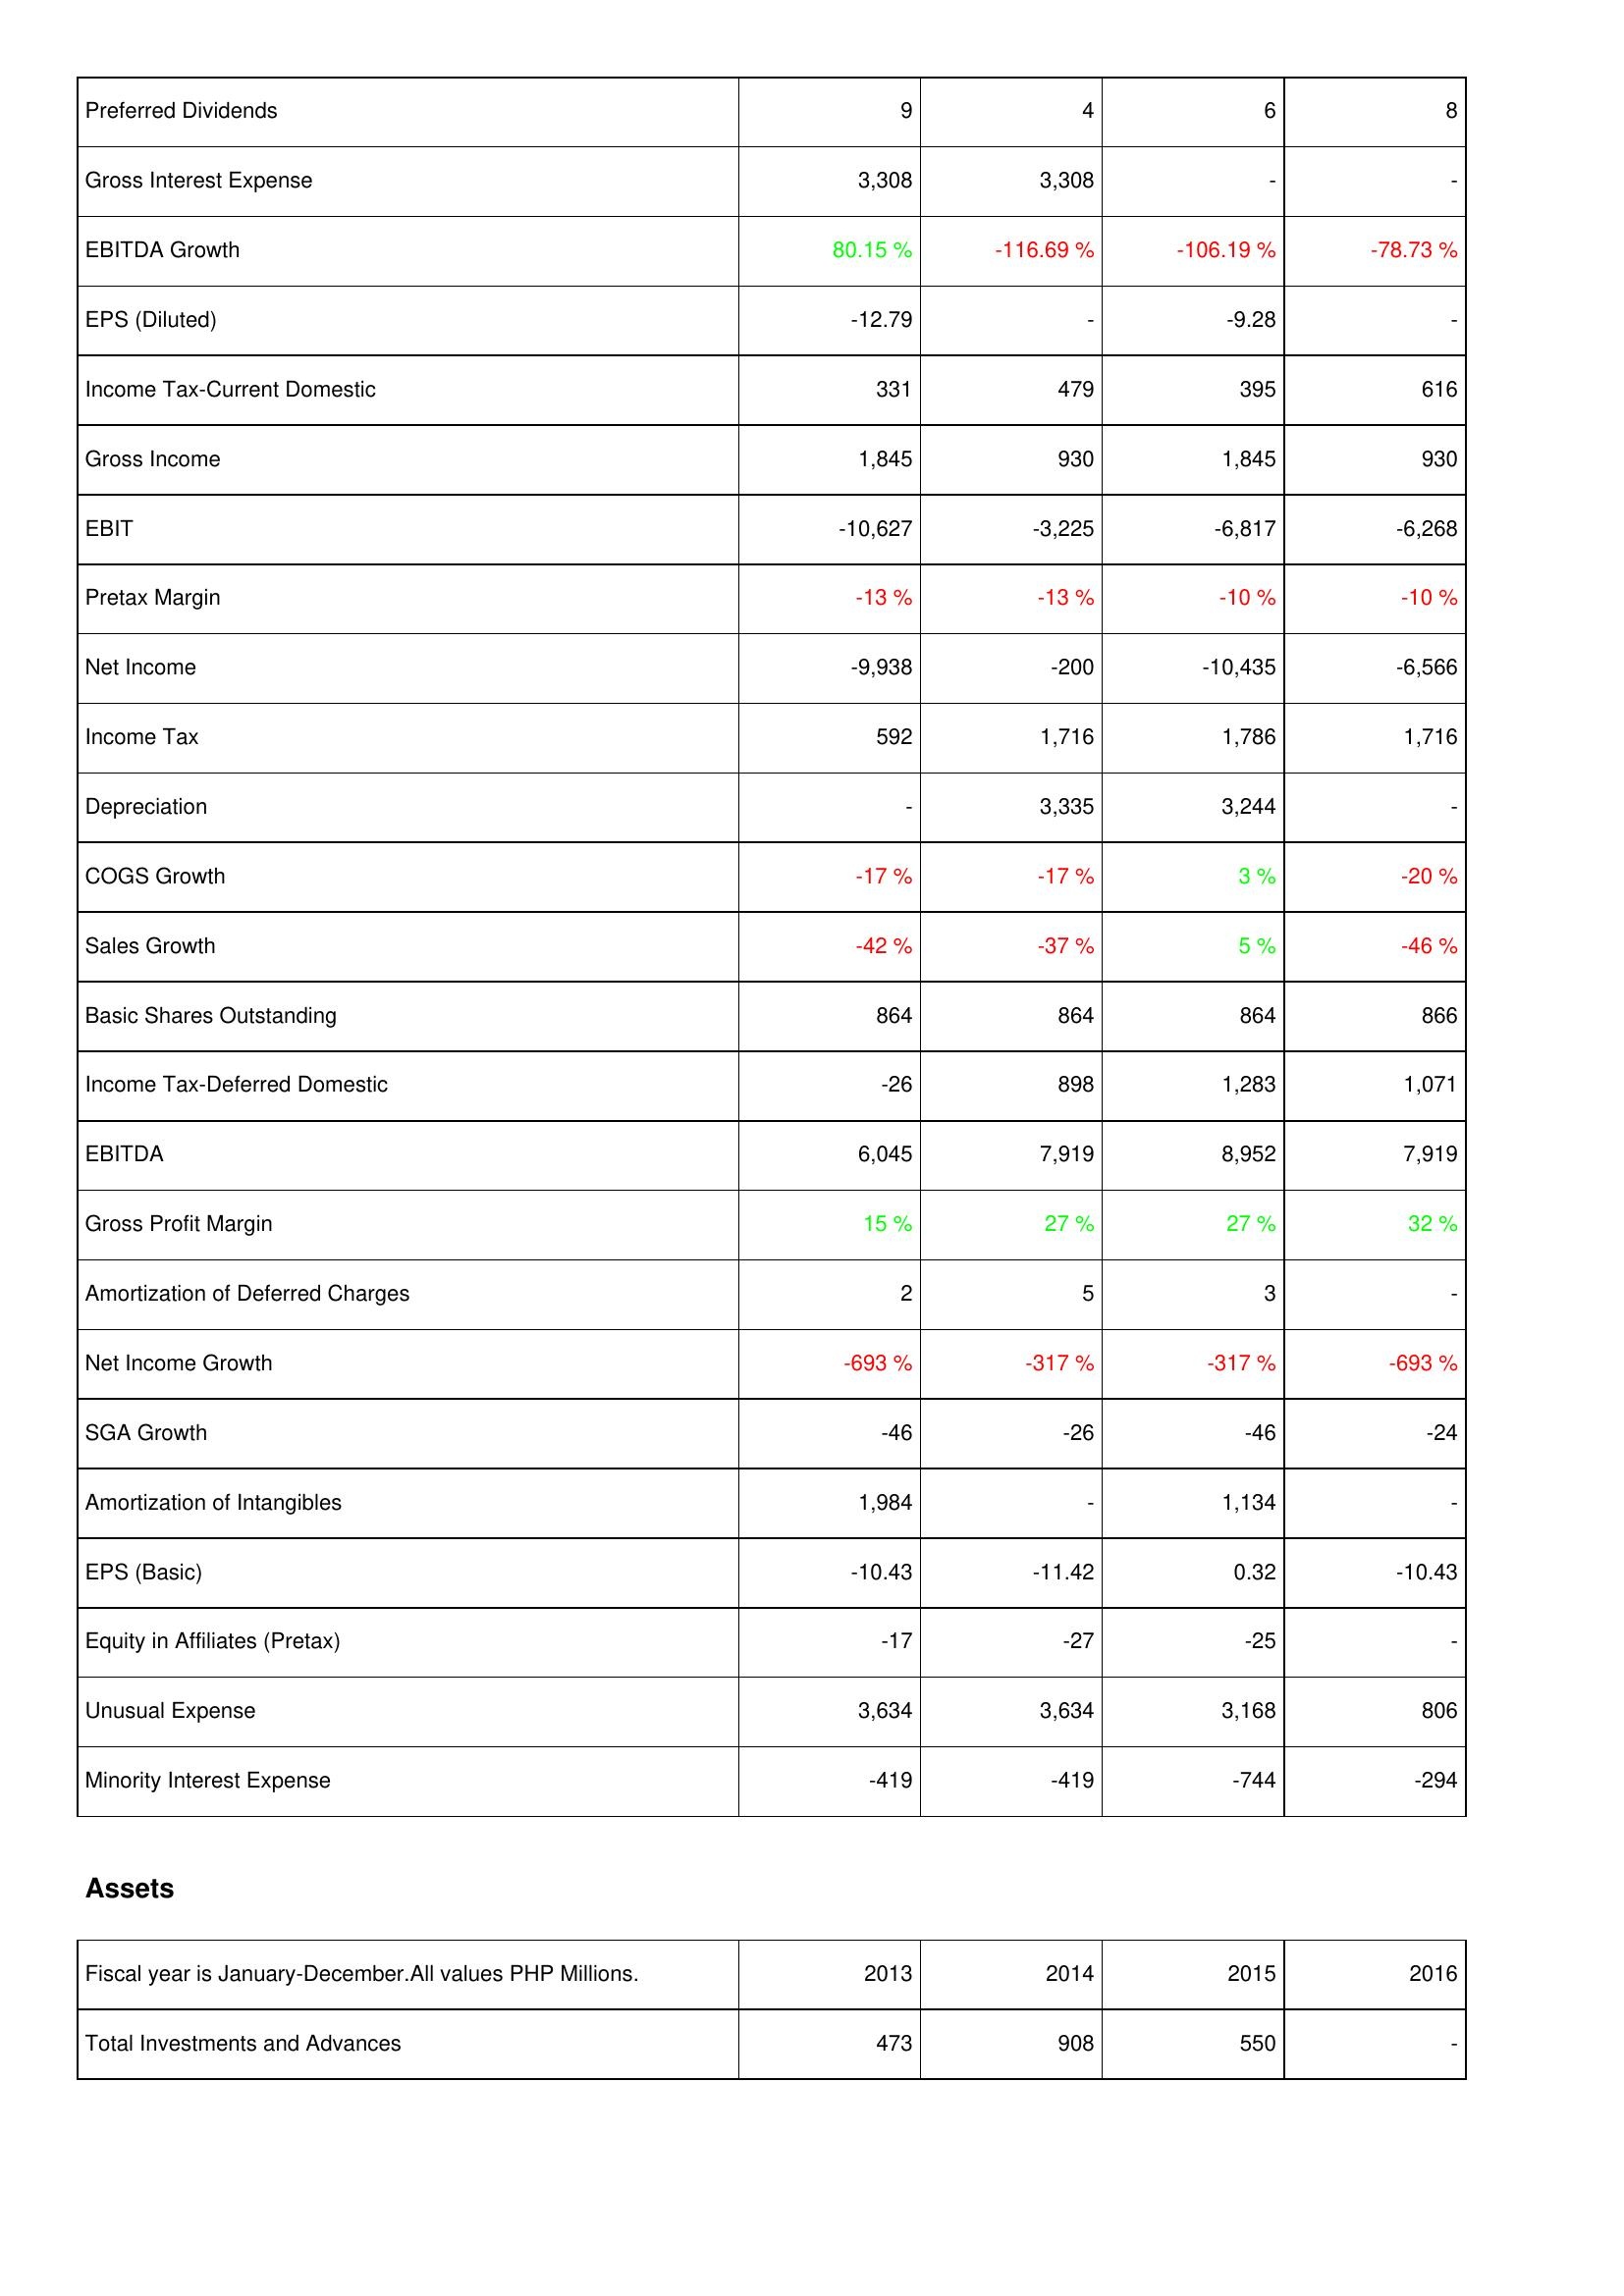
2013: Income Statement: Preferred Dividends: 9
Gross Interest Expense: 3,308
EBITDA Growth: 80.15 %
EPS (Diluted): -12.79
Income Tax-Current Domestic: 331
Gross Income: 1,845
EBIT: -10,627
Pretax Margin: -13 %
Net Income: -9,938
Income Tax: 592
Depreciation: -
COGS Growth: -17 %
Sales Growth: -42 %
Basic Shares Outstanding: 864
Income Tax-Deferred Domestic: -26
EBITDA: 6,045
Gross Profit Margin: 15 %
Amortization of Deferred Charges: 2
Net Income Growth: -693 %
SGA Growth: -46
Amortization of Intangibles: 1,984
EPS (Basic): -10.43
Equity in Affiliates (Pretax): -17
Unusual Expense: 3,634
Minority Interest Expense: -419
Assets: Total Investments and Advances: 473
2014: Income Statement: Preferred Dividends: 4
Gross Interest Expense: 3,308
EBITDA Growth: -116.69 %
EPS (Diluted): -
Income Tax-Current Domestic: 479
Gross Income: 930
EBIT: -3,225
Pretax Margin: -13 %
Net Income: -200
Income Tax: 1,716
Depreciation: 3,335
COGS Growth: -17 %
Sales Growth: -37 %
Basic Shares Outstanding: 864
Income Tax-Deferred Domestic: 898
EBITDA: 7,919
Gross Profit Margin: 27 %
Amortization of Deferred Charges: 5
Net Income Growth: -317 %
SGA Growth: -26
Amortization of Intangibles: -
EPS (Basic): -11.42
Equity in Affiliates (Pretax): -27
Unusual Expense: 3,634
Minority Interest Expense: -419
Assets: Total Investments and Advances: 908
2015: Income Statement: Preferred Dividends: 6
Gross Interest Expense: -
EBITDA Growth: -106.19 %
EPS (Diluted): -9.28
Income Tax-Current Domestic: 395
Gross Income: 1,845
EBIT: -6,817
Pretax Margin: -10 %
Net Income: -10,435
Income Tax: 1,786
Depreciation: 3,244
COGS Growth: 3 %
Sales Growth: 5 %
Basic Shares Outstanding: 864
Income Tax-Deferred Domestic: 1,283
EBITDA: 8,952
Gross Profit Margin: 27 %
Amortization of Deferred Charges: 3
Net Income Growth: -317 %
SGA Growth: -46
Amortization of Intangibles: 1,134
EPS (Basic): 0.32
Equity in Affiliates (Pretax): -25
Unusual Expense: 3,168
Minority Interest Expense: -744
Assets: Total Investments and Advances: 550
2016: Income Statement: Preferred Dividends: 8
Gross Interest Expense: -
EBITDA Growth: -78.73 %
EPS (Diluted): -
Income Tax-Current Domestic: 616
Gross Income: 930
EBIT: -6,268
Pretax Margin: -10 %
Net Income: -6,566
Income Tax: 1,716
Depreciation: -
COGS Growth: -20 %
Sales Growth: -46 %
Basic Shares Outstanding: 866
Income Tax-Deferred Domestic: 1,071
EBITDA: 7,919
Gross Profit Margin: 32 %
Amortization of Deferred Charges: -
Net Income Growth: -693 %
SGA Growth: -24
Amortization of Intangibles: -
EPS (Basic): -10.43
Equity in Affiliates (Pretax): -
Unusual Expense: 806
Minority Interest Expense: -294
Assets: Total Investments and Advances: -